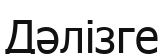
Дәлізге